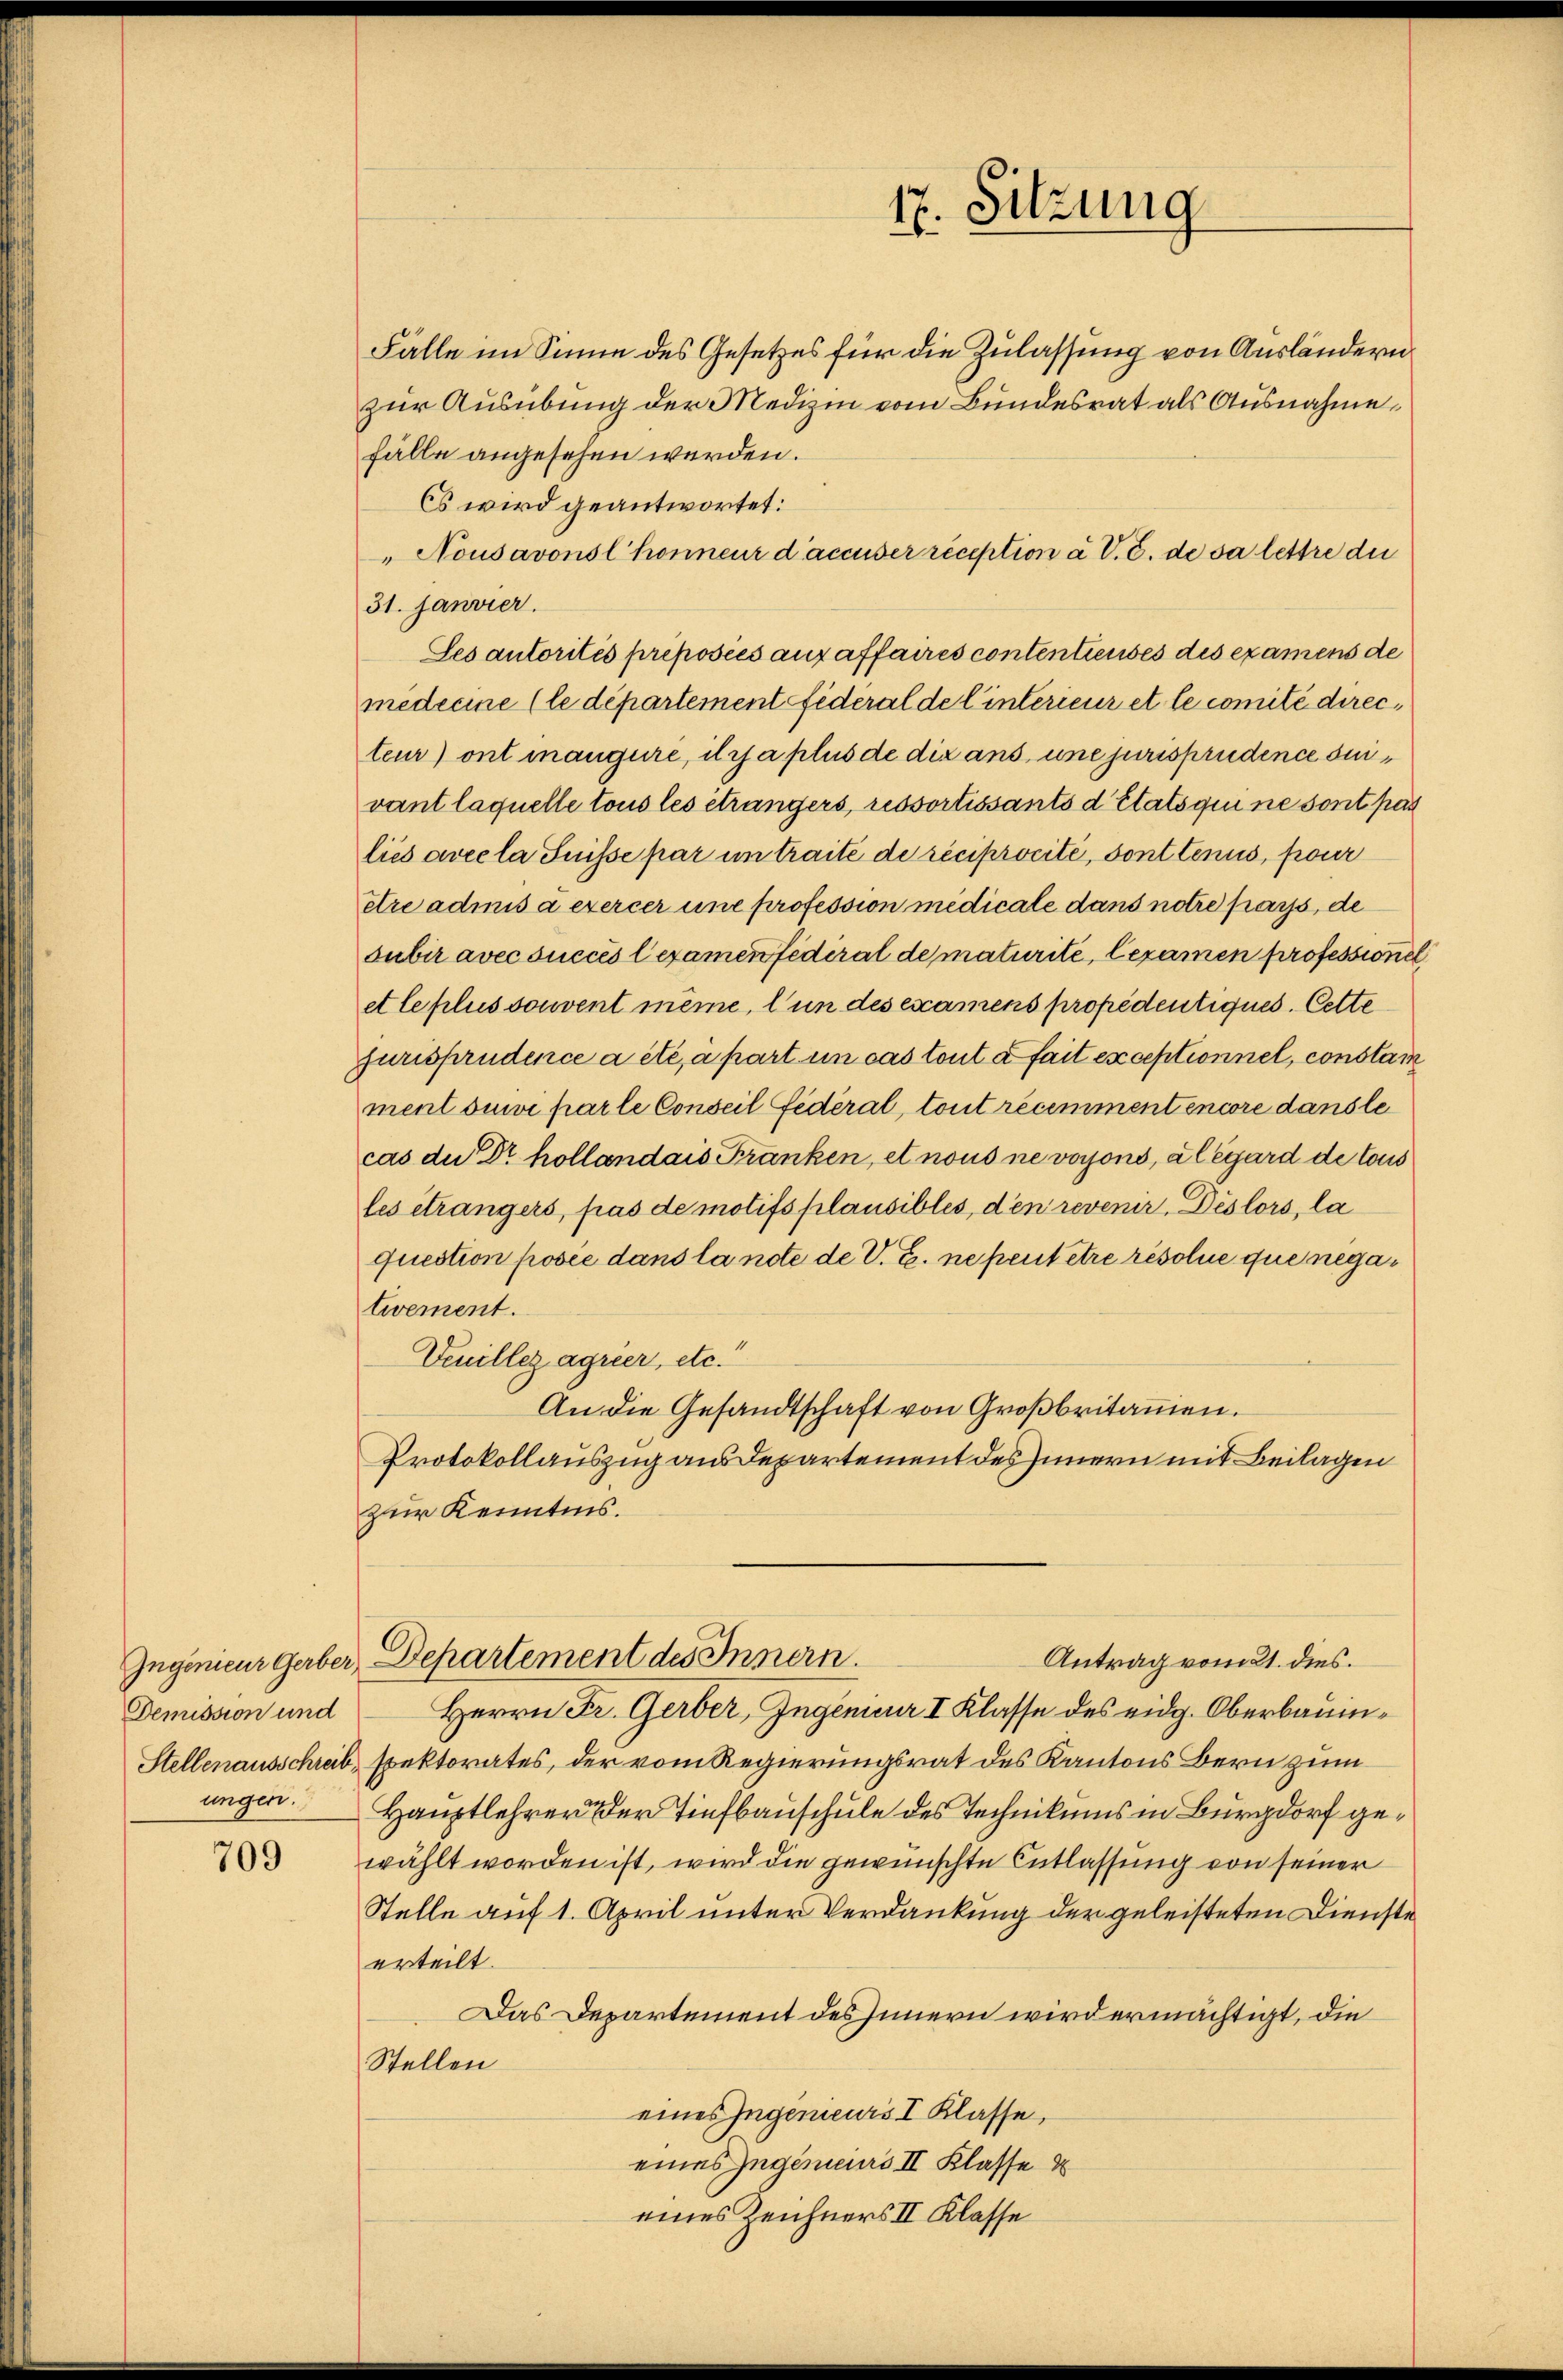
Ingenieur Gerber,
Demission und
Stellenausschreib
ungen.

709

Fälle im Sinne des Gesetzes für die Zulassung von Ausländern
zur Ausübung der Medizin vom Bundesrat als Ausnahme
fälle angesehen werden.
Es wird geantwortet:
Nousavonsl honneur d’accuser reception à V. C. de sa lettre du
31. Janvier.
Ses autorités préposées aux affaires contentieuses des examens de
medicine (le departement fidéral de l’interieur et le comité directeur) ont mangere, itrja plus de dix ans une jurisprudence suivant laquelle tous les eträngers, ressortissants d Etats qui ne sont pas
lies avec la Suisse par in traite de réciprocité, sont tenus, pour
etre admis à exercer une profession medicale dans notre pays, de
subir avec succés lexamen federal de maturité, legamen professione
etleplus souvent même, l’un des examens propedentiques. Cette
furisprudence a été à part in cas tout à fait exceptionnel, constain
ment suivi par le Conseil fédéral, tout récemment encore danste
cas der Dr hollandais Franken, et nous ne voyons, al égard de tous
les étrangers, pas de motifs plausibles, den revenir, Dislors, la
question posée dans la note de V. B. ne peut être résolue que negativement.
Venillez agrier, etc.
An die Gesandtschaft von Großbritaṁen.
Protokollauszug aus Departement des Innern mit Beilagen
zur Kenntnis.
Departement des Innern.
Antrag vom 21. dies.
Herrn Fr. Gerber, Ingenieur I Klasse des eidg. Oberbauinspektorates, der vom Regierungsrat des Kantons Bern zum
Hauptlehrer der Tiefbauschule des Technikums in Burgdorf gewählt worden ist, wird die gewünschte Entlassung von seiner
Stelle auf 1. April unter Verdankung der geleisteten Dienste
erteilt.
Das Departement des Innern wird ermächtigt, die
Stellen
eines Ingenieurs I Klasse,
eines Ingenieurs II Klasse
eines Zeichners II Klasse

17. Sitzung